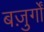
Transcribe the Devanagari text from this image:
बज़ुर्गों